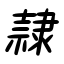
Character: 隷